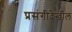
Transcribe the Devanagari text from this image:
प्रसंगीदेखील